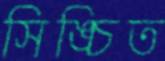
সিঙ্চিত